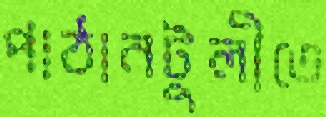
পাঠানটুলীতে